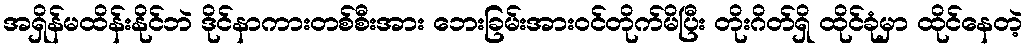
အရှိန်မထိန်းနိုင်ဘဲ ဒိုင်နာကားတစ်စီးအား ဘေးခြမ်းအားဝင်တိုက်မိပြီး တိုးဂိတ်ရှိ ထိုင်ခုံမှာ ထိုင်နေတဲ့